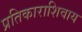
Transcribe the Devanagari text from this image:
प्रतिकाराशिवाय